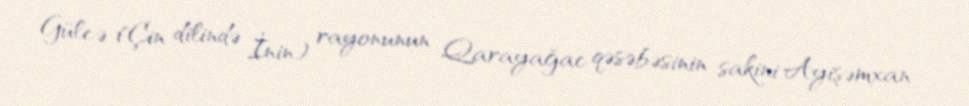
Gülcə (Çin dilində İnin) rayonunun Qarayağac qəsəbəsinin sakini Ayişəmxan